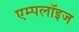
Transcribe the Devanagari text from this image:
एम्पलॉइज